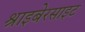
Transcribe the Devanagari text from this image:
श्राइबेरसाइट